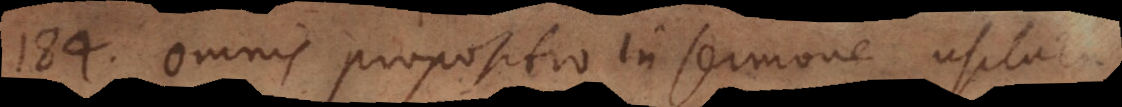
184) Omnis propositio in sermone usitata